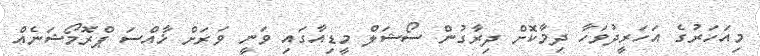
މިއަހަރުގެ އަހަރީދުވަހާ ދިމާކޮށް ދިރާގުން ސޯޝަލް މީޑިއާގައި ވަނީ ވަރަށް ޚާއްސަ ޕްރޮމޯޝަނެއް